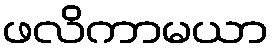
ဖလိကာမယာ